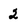
Character: 2